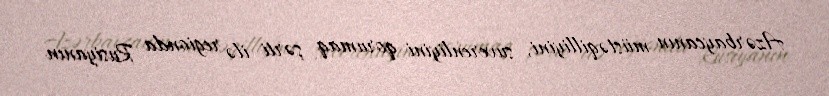
Azərbaycanın müstəqilliyini, suverenliyini qorumaq şərti ilə regionda Rusiyanın